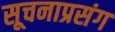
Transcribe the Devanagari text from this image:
सूचनाप्रसंग